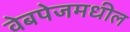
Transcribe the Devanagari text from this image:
वेबपेजमधील